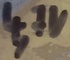
Text: 4,7V